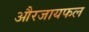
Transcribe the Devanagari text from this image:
औरजायफल